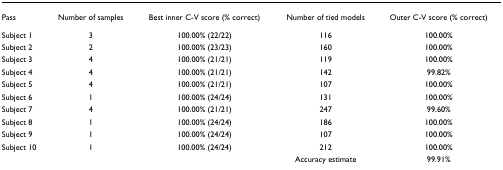
<table><thead><tr><td><b>Pass</b></td><td><b>Number of samples</b></td><td><b>Best inner C-V score (% correct)</b></td><td><b>Number of tied models</b></td><td><b>Outer C-V score (% correct)</b></td></tr></thead><tbody><tr><td>Subject 1</td><td>3</td><td>100.00% (22/22)</td><td>116</td><td>100.00%</td></tr><tr><td>Subject 2</td><td>2</td><td>100.00% (23/23)</td><td>160</td><td>100.00%</td></tr><tr><td>Subject 3</td><td>4</td><td>100.00% (21/21)</td><td>119</td><td>100.00%</td></tr><tr><td>Subject 4</td><td>4</td><td>100.00% (21/21)</td><td>142</td><td>99.82%</td></tr><tr><td>Subject 5</td><td>4</td><td>100.00% (21/21)</td><td>107</td><td>100.00%</td></tr><tr><td>Subject 6</td><td>1</td><td>100.00% (24/24)</td><td>131</td><td>100.00%</td></tr><tr><td>Subject 7</td><td>4</td><td>100.00% (21/21)</td><td>247</td><td>99.60%</td></tr><tr><td>Subject 8</td><td>1</td><td>100.00% (24/24)</td><td>186</td><td>100.00%</td></tr><tr><td>Subject 9</td><td>1</td><td>100.00% (24/24)</td><td>107</td><td>100.00%</td></tr><tr><td>Subject 10</td><td>1</td><td>100.00% (24/24)</td><td>212</td><td>100.00%</td></tr><tr><td></td><td></td><td></td><td>Accuracy estimate</td><td>99.91%</td></tr></tbody></table>